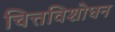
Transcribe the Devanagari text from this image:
चित्तविशोधन